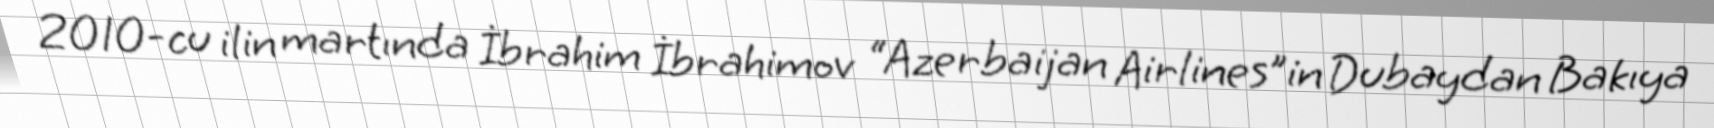
2010-cu ilin martında İbrahim İbrahimov “Azerbaijan Airlines”in Dubaydan Bakıya